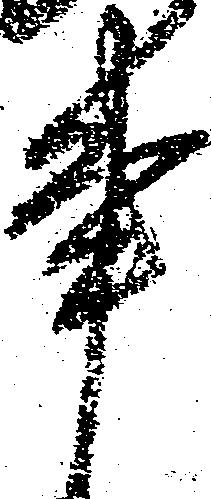
事